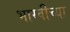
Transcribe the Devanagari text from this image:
भारवीच्या